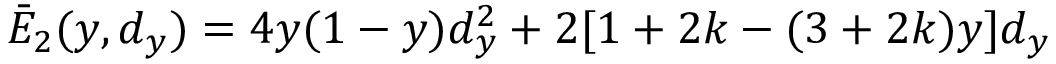
\bar { E } _ { 2 } ( y , d _ { y } ) = 4 y ( 1 - y ) d _ { y } ^ { 2 } + 2 [ 1 + 2 k - ( 3 + 2 k ) y ] d _ { y }